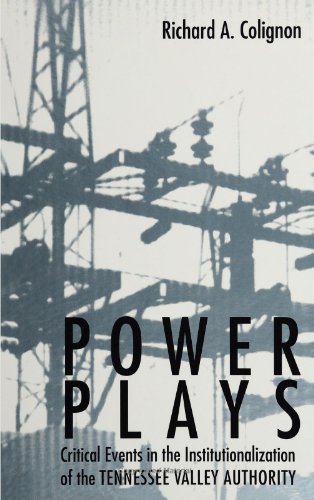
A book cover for Power Plays: Critical Events in the Institutionalization of the Tennessee Valley Authority (S U N Y Series in the Sociology of Work and Organizations); Richard A. Colignon; Law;